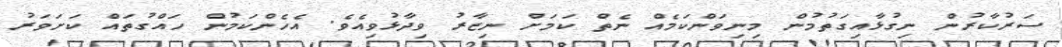
ސަރުކާރުން ނިގުޅާއިގަތުމުން މިނިވަންކަމެއް ނެތް ކަމަށް ނިޒާރު ވިދާޅުވިއެވެ. އެހެންކަމުން ހައްގުތައް ކަށަވަރު